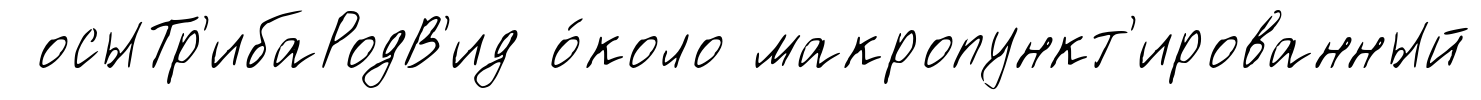
осыТр'ибаРодВ'ид о́коло макропункт'ированный